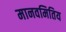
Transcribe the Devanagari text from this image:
मानवमितिय